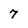
Character: 7